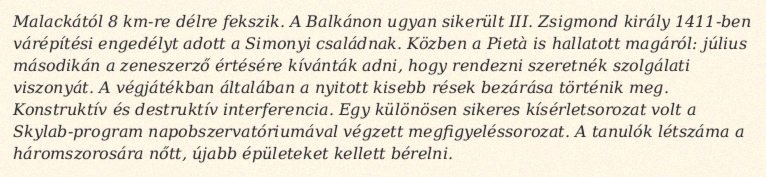
Malackától 8 km-re délre fekszik. A Balkánon ugyan sikerült III. Zsigmond király 1411-ben várépítési engedélyt adott a Simonyi családnak. Közben a Pietà is hallatott magáról: július másodikán a zeneszerző értésére kívánták adni, hogy rendezni szeretnék szolgálati viszonyát. A végjátékban általában a nyitott kisebb rések bezárása történik meg. Konstruktív és destruktív interferencia. Egy különösen sikeres kísérletsorozat volt a Skylab-program napobszervatóriumával végzett megfigyeléssorozat. A tanulók létszáma a háromszorosára nőtt, újabb épületeket kellett bérelni.